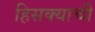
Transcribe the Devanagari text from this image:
हिसक्याची